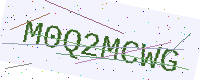
Text: M0Q2MCWG